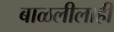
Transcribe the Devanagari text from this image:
बाळलीलाही